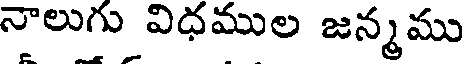
నాలుగు విధముల జన్మము